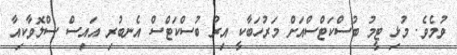
ވުމެވެ. މުޅި ޓީމު ބުސްކަޓްސްއަށް މަރުހަބާކީ އިރު ބުސްކަޓްސް އެނބުރި އައިސް ސްލޮވާކިއާ